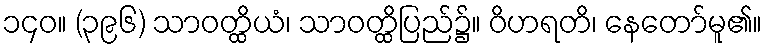
၁၄၀။ (၃၉၆) သာဝတ္ထိယံ၊ သာဝတ္ထိပြည်၌။ ဝိဟရတိ၊ နေတော်မူ၏။